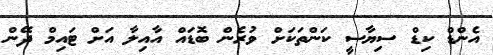
އެންޑް ކިޑް ސިޔާސީ ކަންތަކަށް ވުރެން ބޮޑައް އާއިލާ އަށް ޓައިމް ދޭން